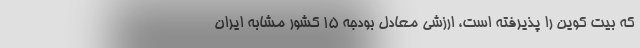
که بیت کوین را پذیرفته است، ارزشی معادل بودجه ۱۵ کشور مشابه ایران